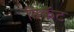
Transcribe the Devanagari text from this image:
विकॅट